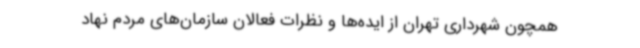
همچون شهرداری تهران از ایده‌ها و نظرات فعالان سازمان‌های مردم نهاد